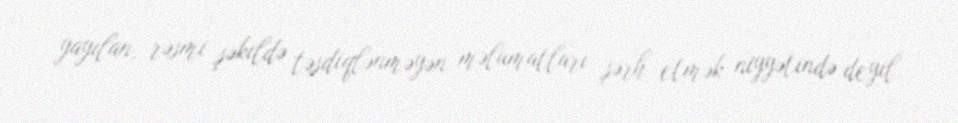
yayılan, rəsmi şəkildə təsdiqlənməyən məlumatları şərh etmək niyyətində deyil.